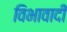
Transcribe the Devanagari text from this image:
विभावादी